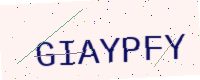
Text: GIAYPFY